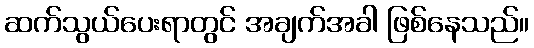
ဆက်သွယ်ပေးရာတွင် အချက်အခါ ဖြစ်နေသည်။